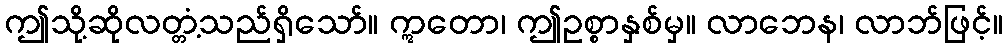
ဤသို့ဆိုလတ္တံ့သည်ရှိသော်။ ဣတော၊ ဤဥစ္စာနှစ်မှ။ လာဘေန၊ လာဘ်ဖြင့်။